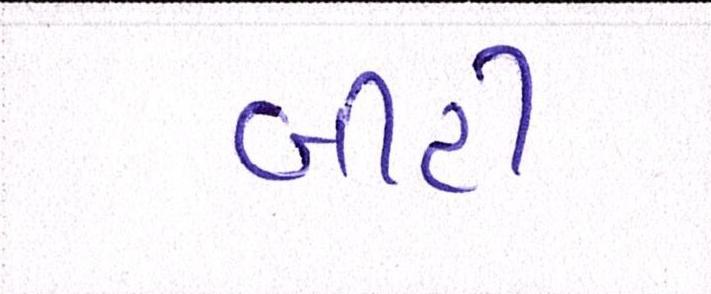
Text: બીટી